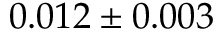
0 . 0 1 2 \pm 0 . 0 0 3